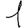
Digit: 1